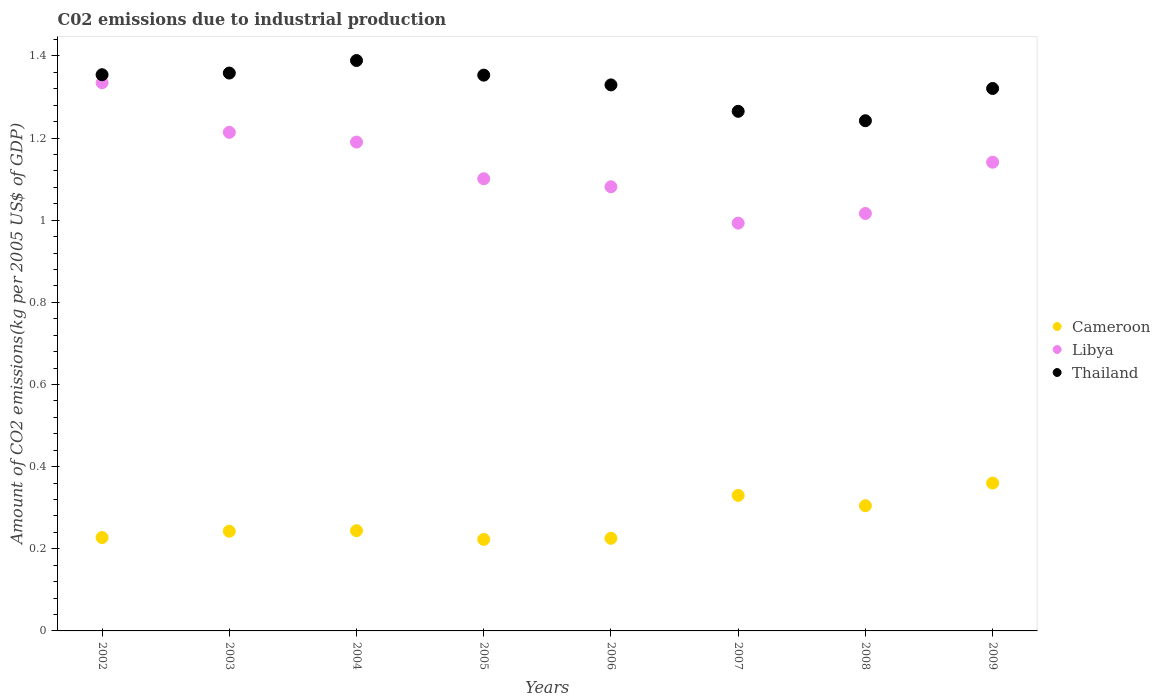
| Years | Cameroon | Libya | Thailand |
 | --- | --- | --- | --- |
 | 2002 | 0.227 | 1.33 | 1.35 |
 | 2003 | 0.243 | 1.21 | 1.36 |
 | 2004 | 0.244 | 1.19 | 1.39 |
 | 2005 | 0.223 | 1.1 | 1.35 |
 | 2006 | 0.226 | 1.08 | 1.33 |
 | 2007 | 0.33 | 0.993 | 1.27 |
 | 2008 | 0.305 | 1.02 | 1.24 |
 | 2009 | 0.36 | 1.14 | 1.32 |